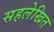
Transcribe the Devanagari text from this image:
सहलेखित